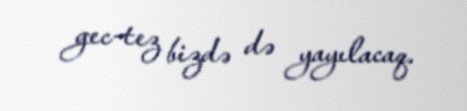
gec-tez bizdə də yayılacaq.